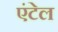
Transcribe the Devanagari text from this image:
एंटेल